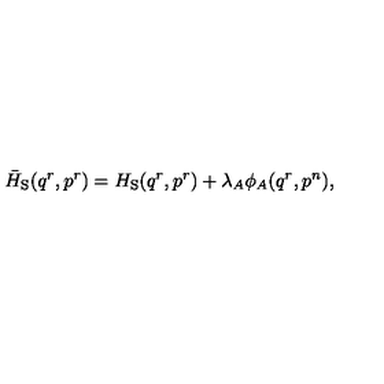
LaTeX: \bar { H } _ { \mathrm { S } } ( q ^ { r } , p ^ { r } ) = H _ { \mathrm { S } } ( q ^ { r } , p ^ { r } ) + \lambda _ { A } \phi _ { A } ( q ^ { r } , p ^ { n } ) ,